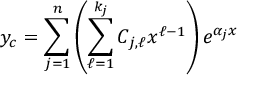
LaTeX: y _ { c } = \sum _ { j = 1 } ^ { n } \left( \sum _ { \ell = 1 } ^ { k _ { j } } C _ { j , \ell } x ^ { \ell - 1 } \right) e ^ { \alpha _ { j } x } \,